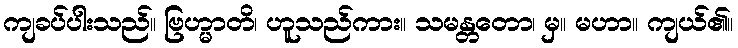
ကျခပ်ပါးသည်။ ဗြဟ္မာတိ၊ ဟူသည်ကား။ သမန္တတော၊ မှ။ မဟာ။ ကျယ်၏။